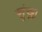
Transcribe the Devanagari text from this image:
शॄंख्ला